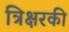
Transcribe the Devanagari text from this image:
त्रिक्षरकी